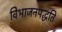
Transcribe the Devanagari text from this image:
विभाजनपद्धति